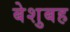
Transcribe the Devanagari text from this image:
बेशुबह